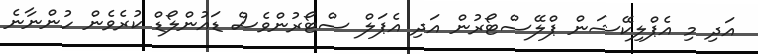
އަދި މި އެޕްލިކޭޝަން ޕްލޭސްޓޯރުން އަދި އެޕަލް ސްޓޯރުންވެސް ޑައުންލޯޑް ކުރެވެން ހުންނާނެ